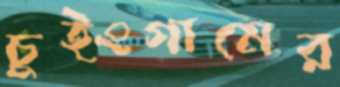
চুইংগামের